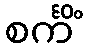
စင်္ကိံ